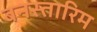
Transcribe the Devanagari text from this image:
बनस्तारिम